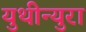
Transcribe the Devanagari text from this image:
युथीन्युरा